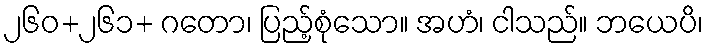
၂၆၀+၂၆၁+ ဂတော၊ ပြည့်စုံသော။ အဟံ၊ ငါသည်။ ဘယေပိ၊